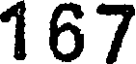
167